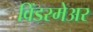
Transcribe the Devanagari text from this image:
विंडरमेअर